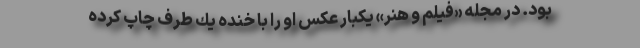
بود. در مجله «فيلم و هنر» يكبار عكس او را با خنده يك طرف چاپ كرده